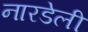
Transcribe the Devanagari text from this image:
नारडेली